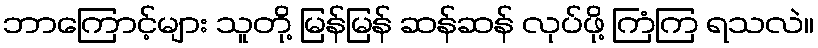
ဘာကြောင့်များ သူတို့ မြန်မြန် ဆန်ဆန် လုပ်ဖို့ ကြံကြ ရသလဲ။